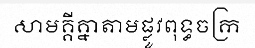
សាមគ្គីគ្នាតាមផ្លូវពុទ្ធចក្រ